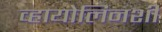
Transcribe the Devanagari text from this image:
व्हायोलिनशी